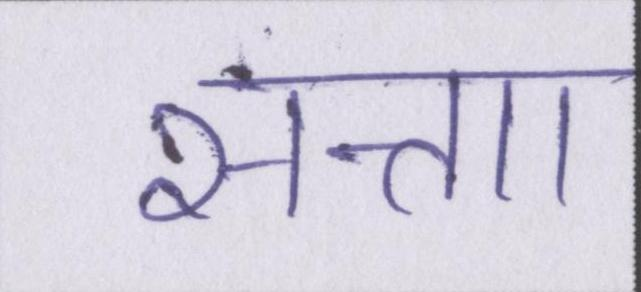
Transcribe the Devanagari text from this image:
सत्ताा